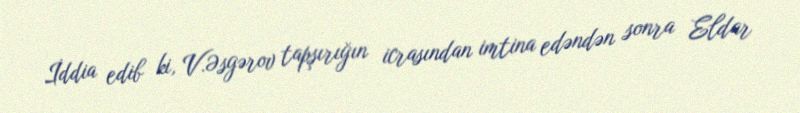
İddia edib ki, V.Əsgərov tapşırığın icrasından imtina edəndən sonra Eldar